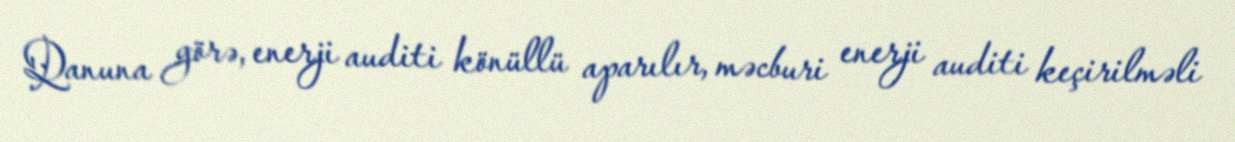
Qanuna görə, enerji auditi könüllü aparılır, məcburi enerji auditi keçirilməli